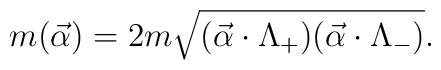
m (\vec{\alpha})=2 m \sqrt {(\vec{\alpha}\cdot \Lambda_{+}) (\vec{\alpha}\cdot \Lambda_{-})}.